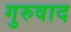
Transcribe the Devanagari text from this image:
गुरुवाद